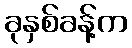
ခုနှစ်ခန့်က